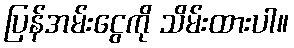
ပြန်အမ်းငွေကို သိမ်းထားပါ။